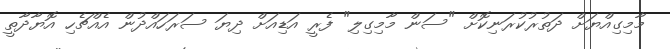
މާމިގިއްޔަށް ދަތުރުކުރަނިކޮށް "ސަން މާމިގިލި" ފެރީ އަޑިއަށް ދިޔަ ސަރަހައްދުން އެއްޗެހި އޮޔާދާތީ